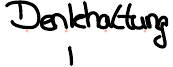
Denkhaltung